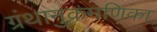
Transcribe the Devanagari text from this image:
ग्रंथानुक्रमणिका